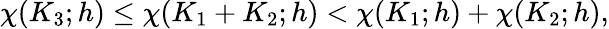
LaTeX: \chi(K_{3};h)\leq\chi(K_{1}+K_{2};h)<\chi(K_{1};h)+\chi(K_{2};h),